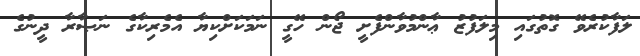
ލަފާކުރެވޭ ގޮތުގައި މިލަފުޒު ޢާންމުވާންފެށީ ޖޯން ހޭގީ ނަމަކަށްކިޔާ އެމެރިކާގެ ނަޞާރާ ދީނުގެ